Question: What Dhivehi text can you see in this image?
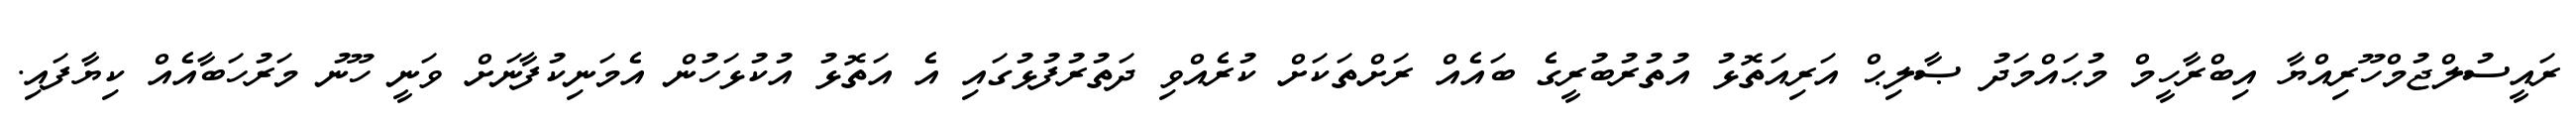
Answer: ރައީސުލްޖުމްހޫރިއްޔާ އިބްރާހީމް މުޙައްމަދު ޞާލިޙް އަރިއަތޮޅު އުތުރުބުރީގެ ބައެއް ރަށްތަކަށް ކުރެއްވި ދަތުރުފުޅުގައި އެ އަތޮޅު އުކުޅަހުން އެމަނިކުފާނަށް ވަނީ ހޫނު މަރުހަބާއެއް ކިޔާފައި.